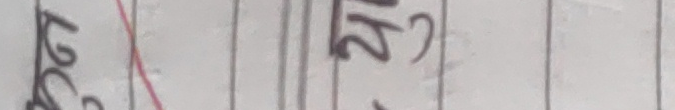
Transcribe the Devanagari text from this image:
लखे रु2